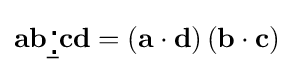
\mathbf {ab} {\underline {{}_{\,\centerdot }^{\,\centerdot }}}\mathbf {cd} =\left(\mathbf {a} \cdot \mathbf {d} \right)\left(\mathbf {b} \cdot \mathbf {c} \right)